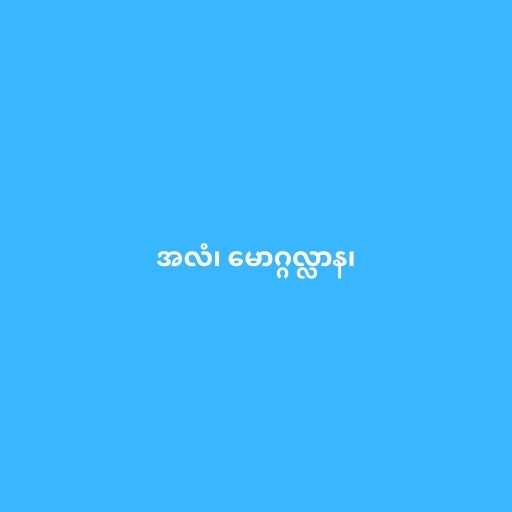
အလံ၊ မောဂ္ဂလ္လာန၊